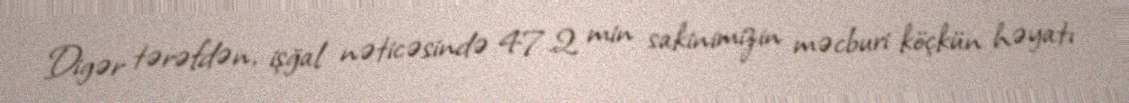
Digər tərəfdən, işğal nəticəsində 47.2 min sakinimizin məcburi köçkün həyatı